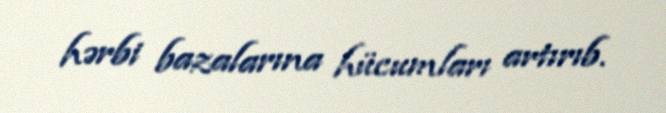
hərbi bazalarına hücumları artırıb.